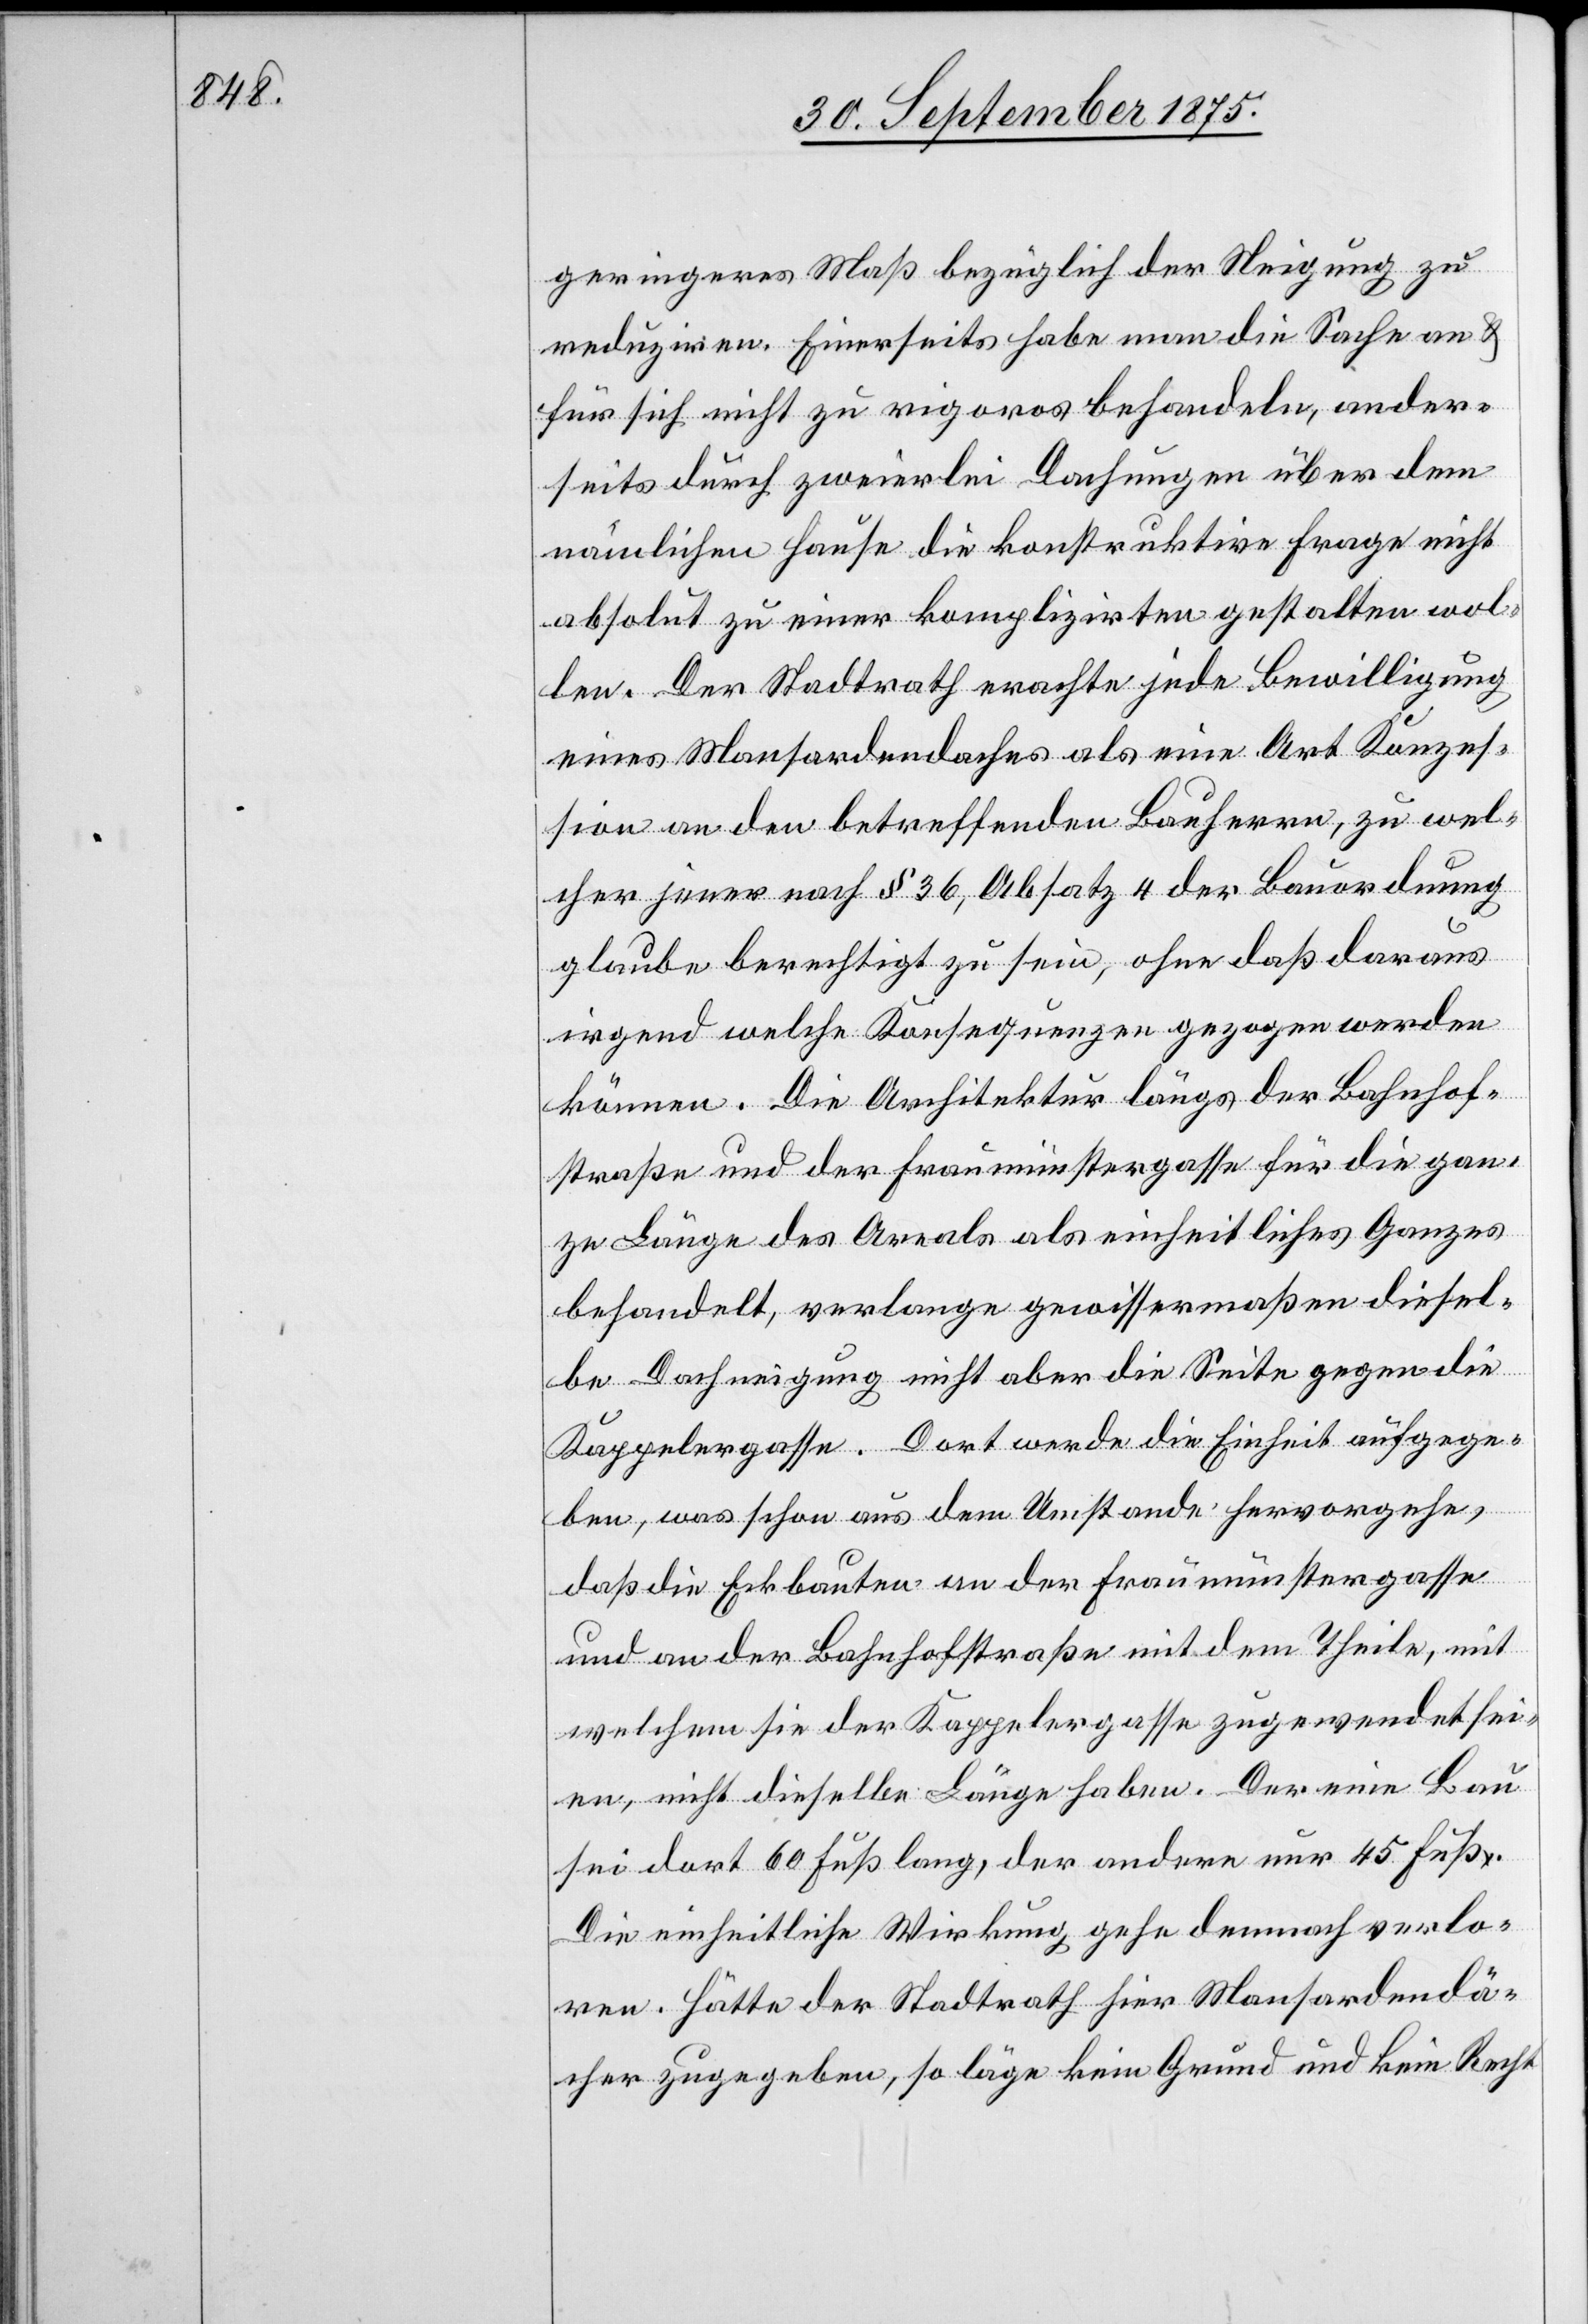
geringeres Maß bezüglich der Neigung zu
reduziren. Einerseits habe man die Sache an &
für sich nicht zu rigoros behandeln, ander¬
seits durch zweierlei Dachungen über dem
nämlichen Hause die konstruktive Frage nicht
absolut zu einer komplizirten gestalten wol¬
len. Der Stadtrath erachte jede Bewilligung
eines Mansardendaches als eine Art Konzes¬
sion an den betreffenden Bauherrn, zu wel¬
cher jener nach § 36, Absatz 4 der Bauordnung
glaube berechtigt zu sein, ohne daß daraus
irgend welche Konsequenzen gezogen werden
können. Die Architektur längs der Bahnhof¬
straße und der Fraumünstergasse für die gan¬
ze Länge des Areals als einheitliches Ganzes
behandelt, verlange gewissermaßen diesel¬
be Dachneigung [,] nicht aber die Seite gegen die
Kappelergasse. Dort werde die Einheit aufgege¬
ben, was schon aus dem Umstande hervorgehe,
daß die Eckbauten an der Fraumünstergasse
und an der Bahnhofstraße mit dem Theile, mit
welchem sie der Kappelergasse zugewendet sei¬
en, nicht dieselbe Länge haben. Der eine Bau
sei dort 60 Fuß lang, der andere nur 45 Fuß.
Die einheitliche Wirkung gehe demnach verlo¬
ren. Hätte der Stadtrath hier Mansardendä¬
cher zugegeben, so läge kein Grund und kein Recht